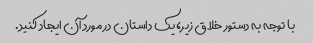
با توجه به دستور خلاق زیر، یک داستان در مورد آن ایجاد کنید.